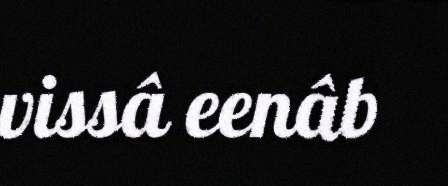
vissâ eenâb